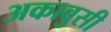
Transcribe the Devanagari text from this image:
अकाबुसी